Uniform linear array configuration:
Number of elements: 48
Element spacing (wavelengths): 0.5
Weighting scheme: blackman
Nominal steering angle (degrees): -45
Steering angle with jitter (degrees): -46.98
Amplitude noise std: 0.05
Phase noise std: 0.05

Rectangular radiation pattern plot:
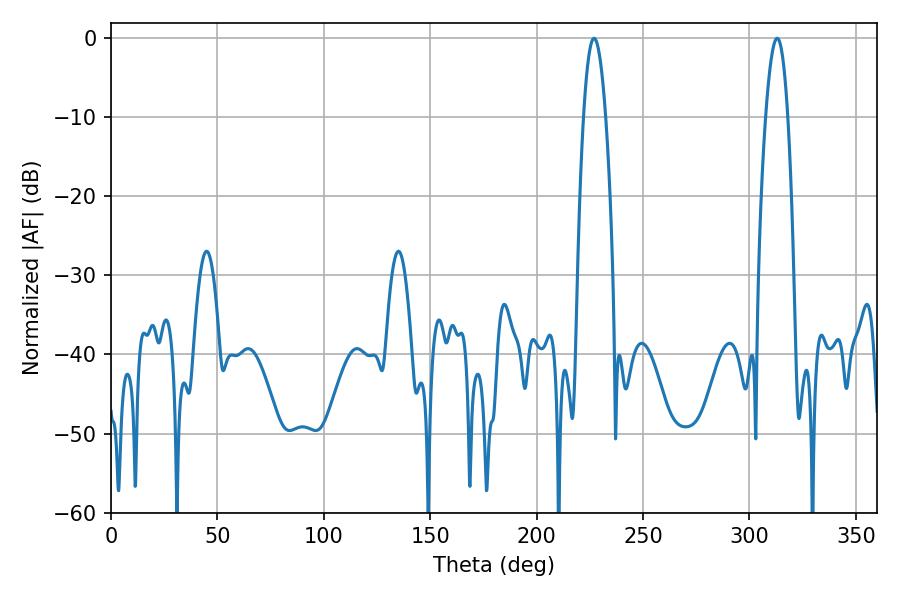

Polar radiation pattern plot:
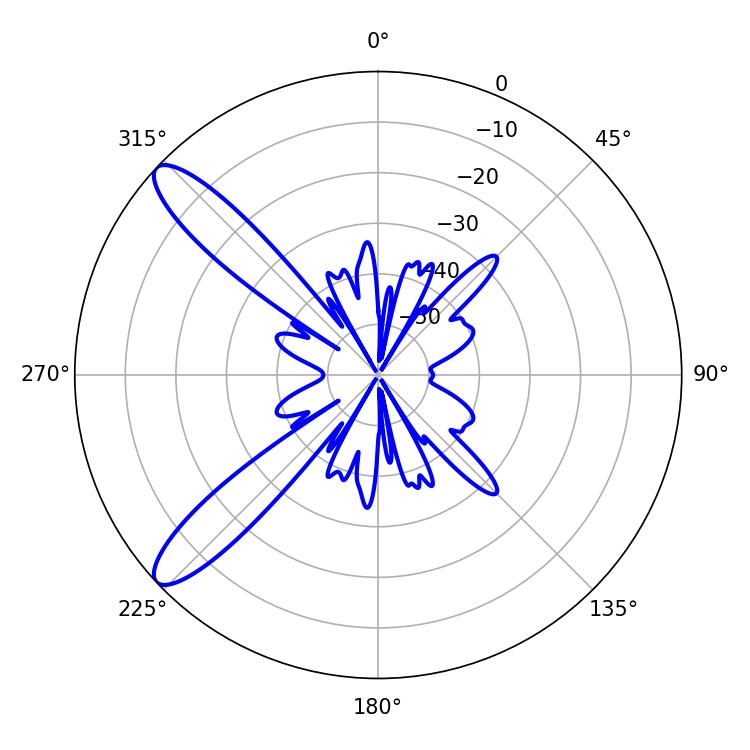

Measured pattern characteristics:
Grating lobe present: FALSE
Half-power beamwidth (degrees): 5.58
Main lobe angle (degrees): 226.98